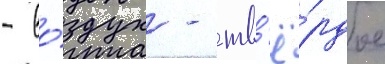
- во́здух - тв'ё́рдое